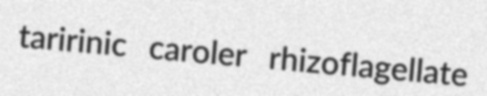
taririnic caroler rhizoflagellate